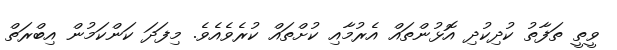
ވީތީ ތަފާތު ކުދިކުދި އޮޅުންތައް އެރުމާއި ކުށްތައް ކުރެވެއެވެ. މިފަދަ ކަންކަމުން އިބްރަތް